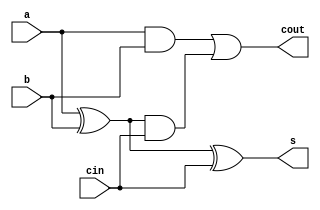
module fulladder_gatelevel(
    input a,
    input b,
    input cin,
    output s,
    output cout
    );
wire o1,o2,o3;
xor g1(o1,a,b);
and g2(o2,a,b);
and g3(o3,o1,cin);
or g4(cout,o2,o3);
xor g5(s,o1,cin);

endmodule